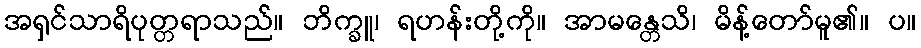
အရှင်သာရိပုတ္တရာသည်။ ဘိက္ခူ၊ ရဟန်းတို့ကို။ အာမန္တေသိ၊ မိန့်တော်မူ၏။ ပ။